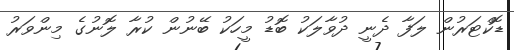
ޑޮކްޓަރުން ލަފާ ދެނީ ދުވާލަކު ބޮޑު މީހަކު ބޭނުން ކުރާ ލޮނުގެ މިންވަރު